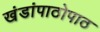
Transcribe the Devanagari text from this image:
खंडांपाठोपाठ